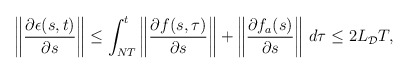
\begin{align*}\begin{aligned}\left\|\dfrac{\partial \epsilon(s,t)}{\partial s}\right\| \le \int_{NT}^t \left\|\dfrac{\partial f(s,\tau)}{\partial s}\right\|+\left\|\dfrac{\partial f_a(s)}{\partial s}\right\| \,d\tau \le 2 L_\mathcal{D} T,\end{aligned}\end{align*}